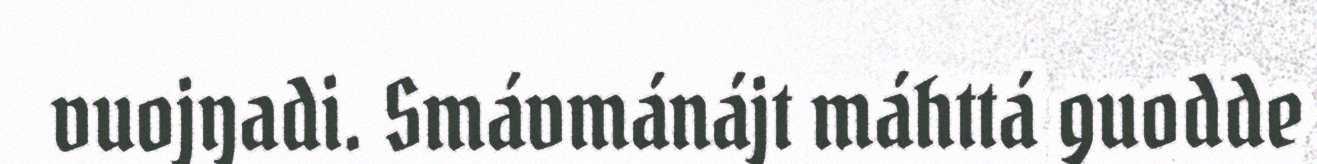
vuojŋadi. Smávmánájt máhttá guodde